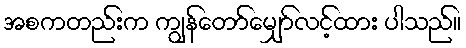
အစကတည်းက ကျွန်တော်မျှော်လင့်ထား ပါသည်။